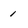
Character: 1